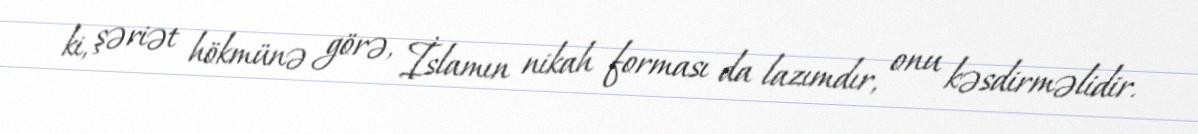
ki, şəriət hökmünə görə, İslamın nikah forması da lazımdır, onu kəsdirməlidir.